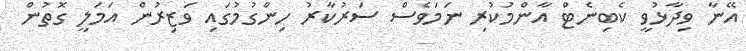
އޭނާ ވިދާޅުވީ ކެބިނެޓް އާންމުކުރި ނަމަވެސް ސަރުކާރު ހިންގުމުގައި ވަޒިރުން އަމަލީ ގޮތުން